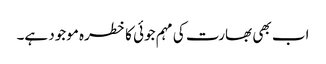
اب بھی بھارت کی مہم جوئی کا خطرہ موجود ہے۔